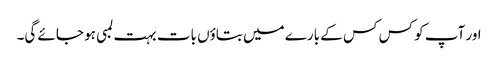
اور آپ کو کس کس کے بارے میں بتاؤں بات بہت لمبی ہو جائے گی۔